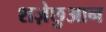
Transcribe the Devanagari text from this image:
शज़ेछुआन